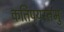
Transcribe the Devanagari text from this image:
कतिपयस्तभु